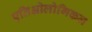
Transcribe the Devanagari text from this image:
एतिओलोगिकल